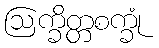
ဩက္ခိတ္တစက္ခုံ